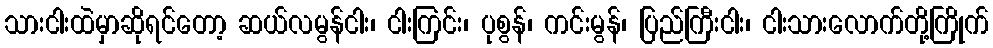
သားငါးထဲမှာဆိုရင်တော့ ဆယ်လမွန်ငါး၊ ငါးကြင်း၊ ပုစွန်၊ ကင်းမွန်၊ ပြည်ကြီးငါး၊ ငါးသားလောက်တို့ကြိုက်